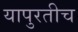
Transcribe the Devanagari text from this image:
यापुरतीच